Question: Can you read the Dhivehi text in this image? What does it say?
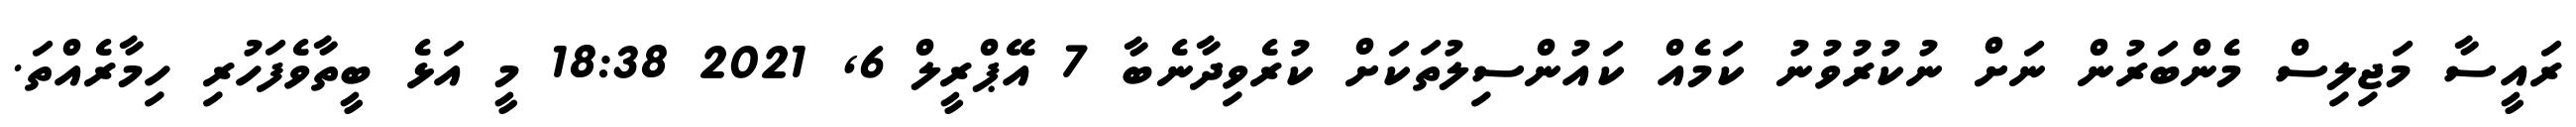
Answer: ރައީސާ މަޖިލިސް މެންބަރުން ނަށް ނުކުރުވުނު ކަމެއް ކައުންސިލުތަކަށް ކުރެވިދާނެބާ 7 އޭޕްރީލް 6, 2021 18:38 މީ އަޅެ ބީތާވެފަހުރި ހިމާރެއްތަ.